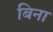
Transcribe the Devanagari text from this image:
बिना